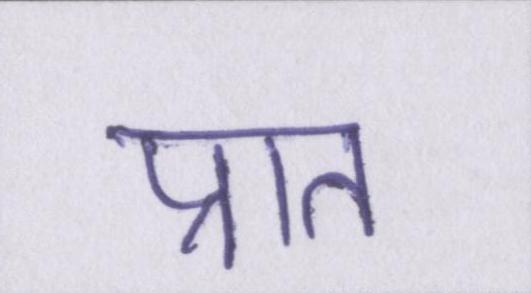
प्रात